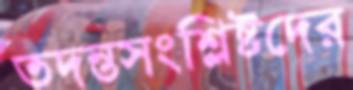
তদন্তসংশ্লিষ্টদের